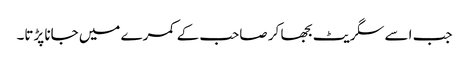
جب اسے سگریٹ بجھا کر صاحب کے کمرے میں جانا پڑتا۔